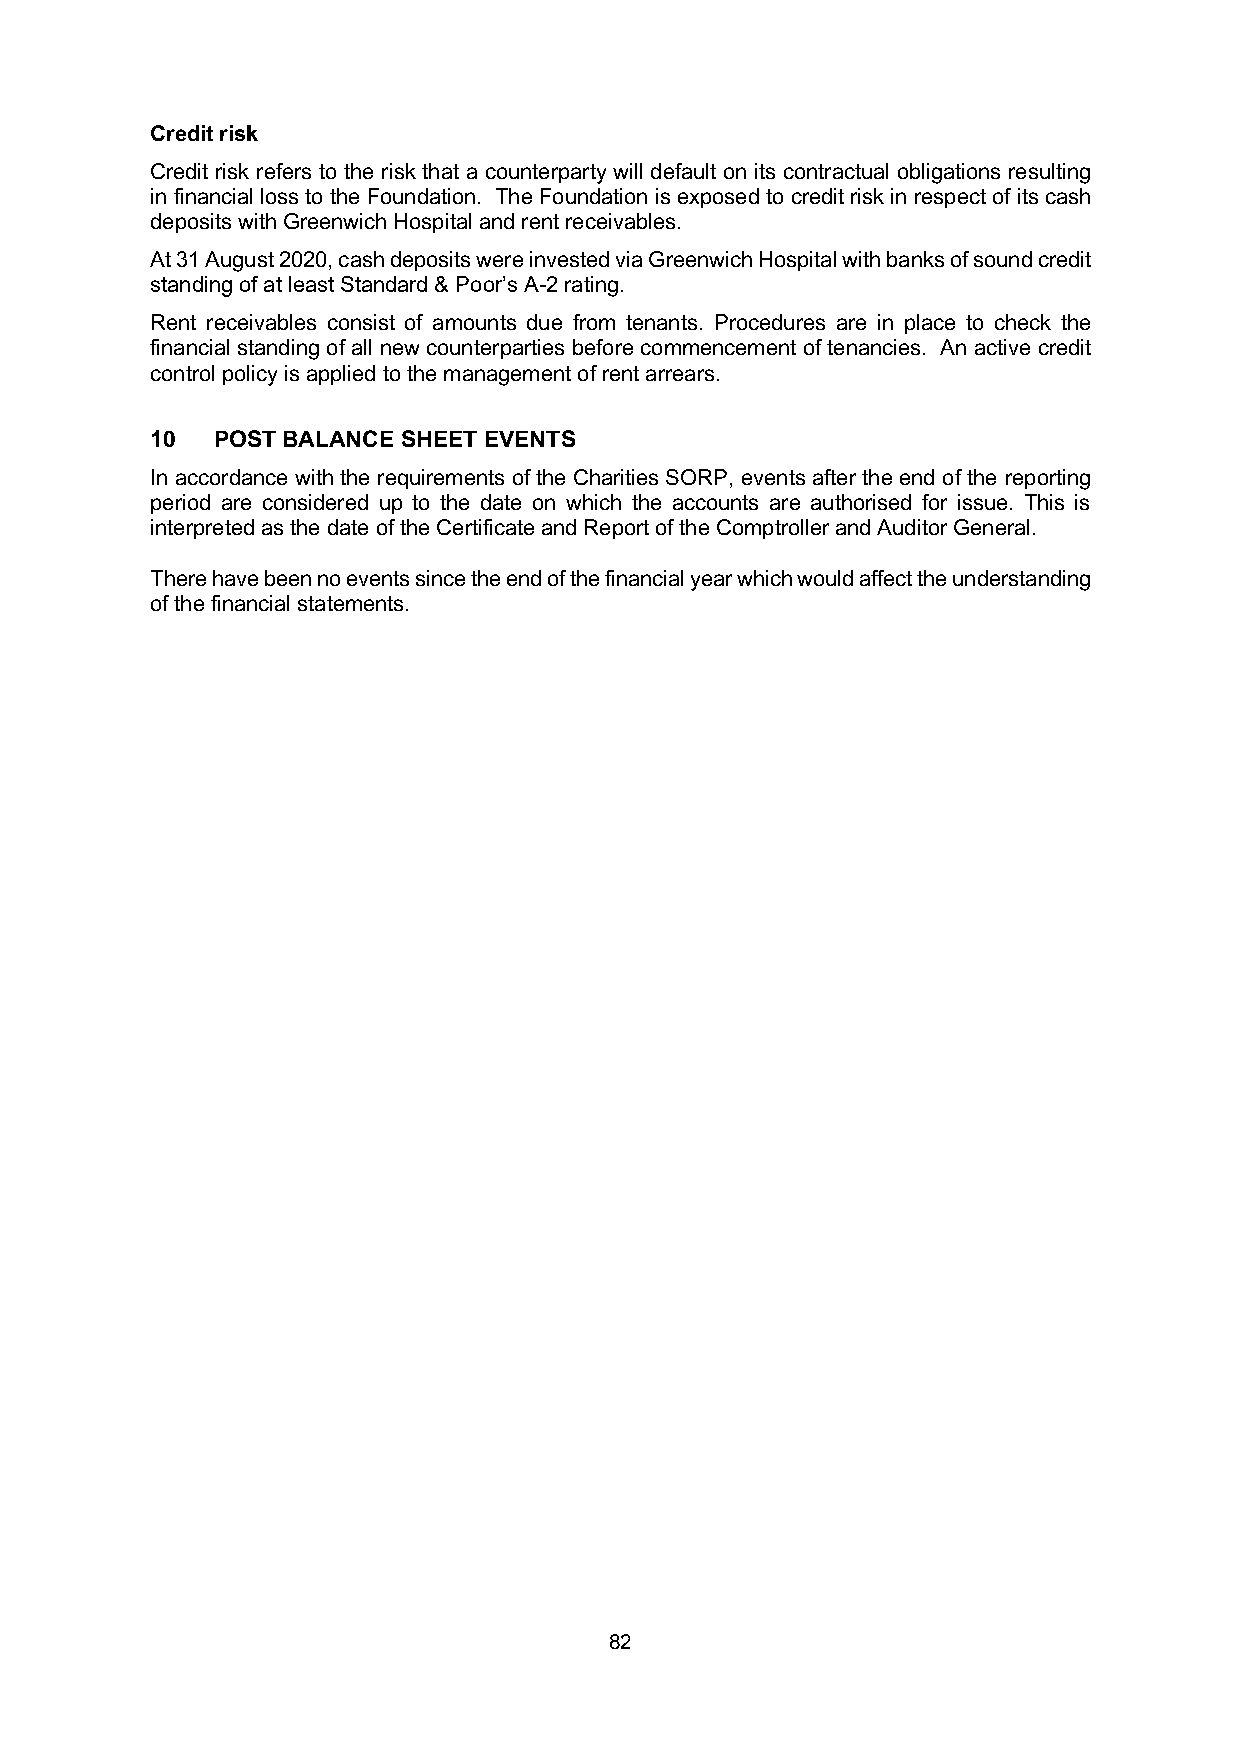
Credit risk
 Credit risk refers to the risk that a counterparty will default on its contractual obligations resulting
 in financial loss to the Foundation. The Foundation is exposed to credit risk in respect of its cash
 deposits with Greenwich Hospital and rent receivables.
 At 31 August 2020, cash deposits were invested via Greenwich Hospital with banks of sound credit
 standing of at least Standard & Poor’s A-2 rating.
 Rent receivables consist of amounts due from tenants. Procedures are in place to check the
 financial standing of all new counterparties before commencement of tenancies. An active credit
 control policy is applied to the management of rent arrears.
 10  POST BALANCE SHEET EVENTS
 In accordance with the requirements of the Charities SORP, events after the end of the reporting
 period are considered up to the date on which the accounts are authorised for issue. This is
 interpreted as the date of the Certificate and Report of the Comptroller and Auditor General.
 There have been no events since the end of the financial year which would affect the understanding
 of the financial statements.
 82